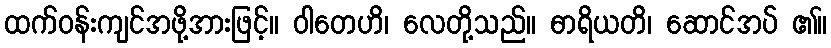
ထက်ဝန်းကျင်အဖို့အားဖြင့်။ ဝါတေဟိ၊ လေတို့သည်။ ဓာရိယတိ၊ ဆောင်အပ် ၏။